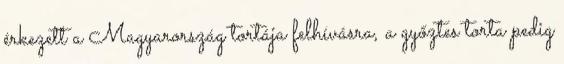
érkezett a Magyarország tortája felhívásra, a győztes torta pedig